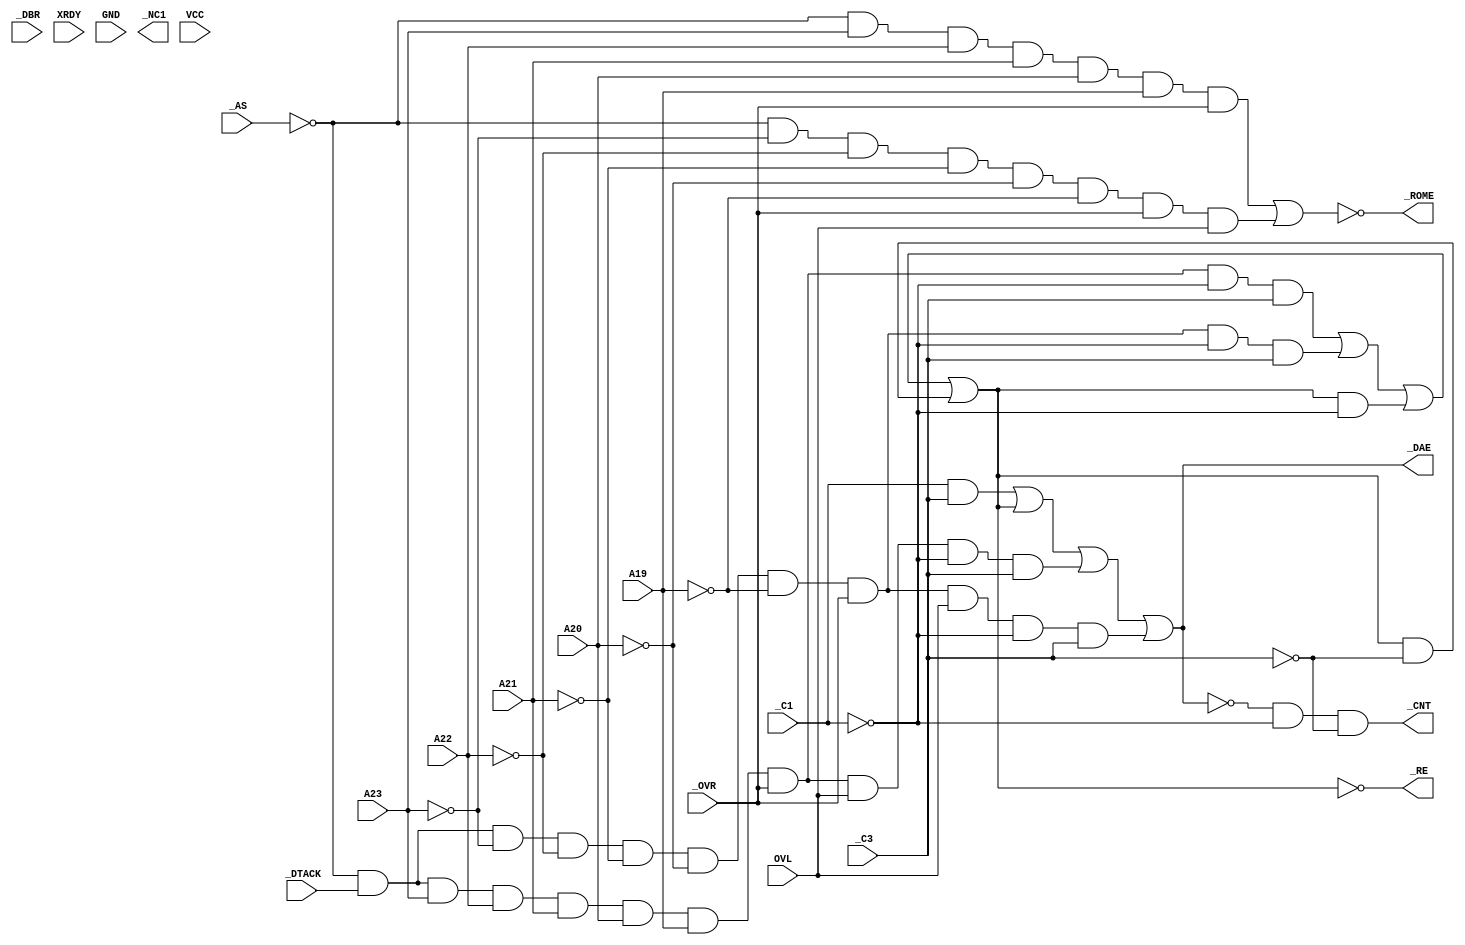
module Amiga_DAUGEN (
	input	A23,	// Pin 1
	input	A22,	// Pin 2
	input	A21,	// Pin 3
	input	_AS,	// Pin 4
	input	_DBR,	// Pin 5
	input	OVL,	// Pin 6
	input	_OVR,	// Pin 7
	input	XRDY,	// Pin 8
	input	_C3,	// Pin 9
	input	GND,	// Pin 10
	input	_C1,	// Pin 11
	output	_CNT,	// Pin 12
	output	_RE,	// Pin 13
	output	_DAE,	// Pin 14
	output	_NC1,	// Pin 15
	input	A19,	// Pin 16
	input	_DTACK,	// Pin 17
	input	A20,	// Pin 18
	output	_ROME,	// Pin 19
	input	VCC	// Pin 20
);

wire _A23;
wire _A22;
wire _A21;
wire _A20;
wire _A19;
wire AS;
wire C1;
wire C3;

reg RE;
reg ROME;
reg _DAE;
wire DAE;

assign _A23 = !A23;
assign _A22 = !A22;
assign _A21 = !A21;
assign _A20 = !A20;
assign _A19 = !A19;
assign AS = !_AS;
assign C3 = !_C3;
assign C1 = !_C1;

assign _RE = !RE;
assign _ROME = !ROME;
assign DAE = !_DAE;
reg _CNT;

// /CNT  = DAE*C1*C3
initial _CNT = 1'b1;
always @(*)
	_CNT <= DAE && C1 && C3;

// RE    = AS*/DTACK*A23*A22*A21*A20*A19*/OVR*C1*/C3+
//         AS*/DTACK*/A23*/A22*/A21*/A20*/A19*/OVR*OVL*C1*/C3+
//         RE*C1+RE*C3
initial RE = 1'b0;
always @(*)
	RE <= (AS && _DTACK && A23 && A22 && A21 && A20 && A19 && _OVR && C1 && _C3) ||
	    (AS && _DTACK && _A23 && _A22 && _A21 && _A20 && _A19 && _OVR && C1 && _C3) ||
	    (RE && C1) ||
	    (RE && C3);

// /DAE  = /C1*/C3+RE+
//        AS*/DTACK*A23*A22*A21*A20*A19*/OVR*OVL*C1*/C3+
//        AS*/DTACK*/A23*/A22*/A21*/A20*/A19*/OVR*OVL*C1*/C3
initial _DAE = 1'b1;
always @(*)
	_DAE <= (_C1 && _C3) ||
	      (RE) ||
	      (AS && _DTACK && A23 && A22 && A21 && A20 && A19 && _OVR && OVL && C1 && _C3) ||
	      (AS && _DTACK && _A23 && _A22 && _A21 && _A20 && _A19 && _OVR && OVL && C1 && _C3);

// ROME  = AS*A23*A22*A21*A20*A19*/OVR+
//         AS*/A23*/A22*/A21*/A20*/A19*/OVR*OVL
initial ROME = 1'b0;
always @(*)
	ROME <= (AS && A23 && A22 && A21 && A20 && A19 && _OVR) ||
	        (AS && _A23 && _A22 && _A21 && _A20 && _A19 && _OVR && OVL);

endmodule